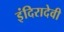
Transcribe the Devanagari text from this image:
इंदिरादेवी